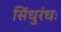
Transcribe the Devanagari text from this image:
सिंधुरंधः